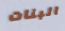
البنات